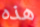
هذه